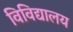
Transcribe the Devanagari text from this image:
विविद्यालय